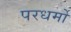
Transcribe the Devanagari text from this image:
परधर्मो